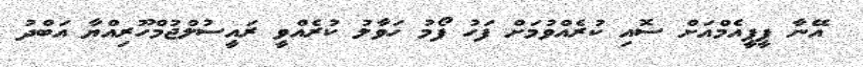
އޭނާ ޕީޕީއެމްއަށް ސޮއި ކުރެއްވުމަށް ފަހު ފޯމު ހަވާލު ކުރެއްވީ ރައީސުލްޖުމްހޫރިއްޔާ އަބްދު